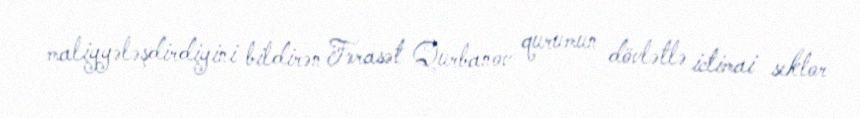
maliyyələşdirdiyini bildirən Fərasət Qurbanov qurumun dövlətlə ictimai sektor